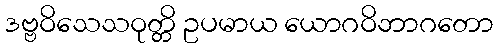
ဒဗ္ဗဝိသေသဝုတ္တိ ဥပမာယ ယောဂဝိဘာဂတော